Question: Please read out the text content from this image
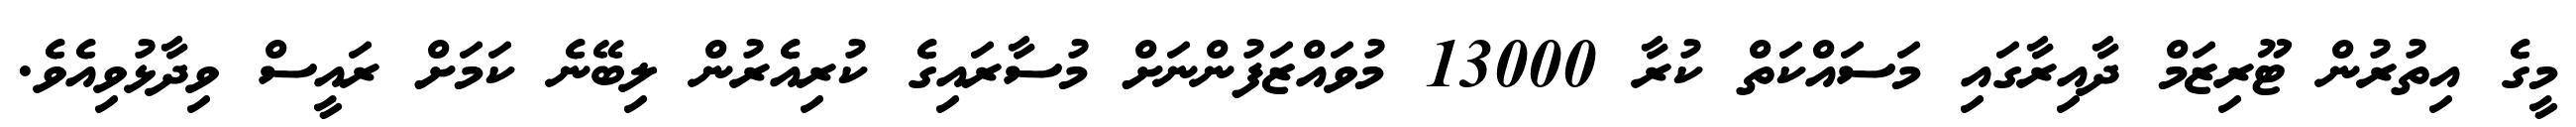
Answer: މީގެ އިތުރުން ޓޫރިޒަމް ދާއިރާގައި މަސައްކަތް ކުރާ 13000 މުވައްޒަފުންނަށް މުސާރައިގެ ކުރިއެރުން ލިބޭނެ ކަމަށް ރައީސް ވިދާޅުވިއެވެ.